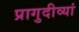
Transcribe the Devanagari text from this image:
प्रागुदीव्यां